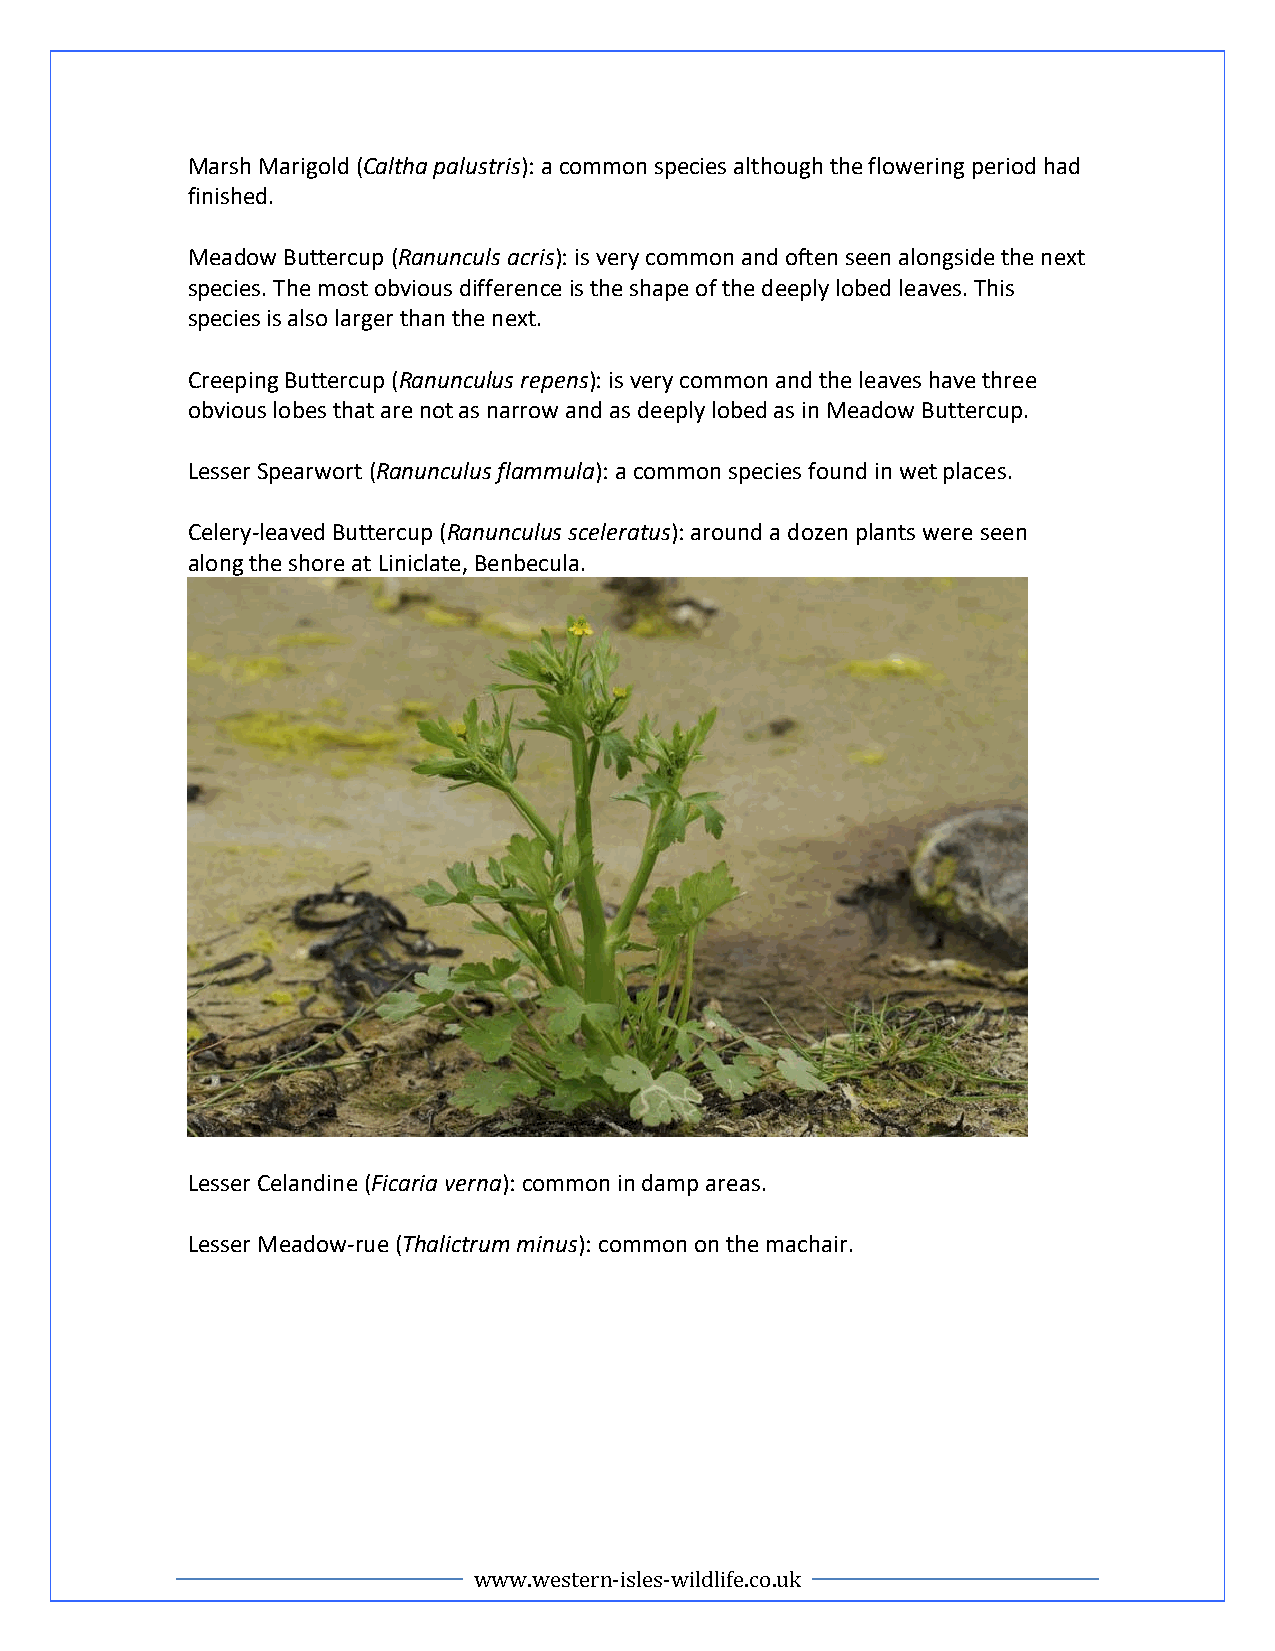
Marsh Marigold (Caltha palustris): a common species although the flowering period had
 finished.
 Meadow Buttercup (Ranunculs acris): is very common and often seen alongside the next
 species. The most obvious difference is the shape of the deeply lobed leaves. This
 species is also larger than the next.
 Creeping Buttercup (Ranunculus repens): is very common and the leaves have three
 obvious lobes that are not as narrow and as deeply lobed as in Meadow Buttercup.
 Lesser Spearwort (Ranunculus flammula): a common species found in wet places.
 Celery-leaved Buttercup (Ranunculus sceleratus): around a dozen plants were seen
 along the shore at Liniclate, Benbecula.
 Lesser Celandine (Ficaria verna): common in damp areas.
 Lesser Meadow-rue (Thalictrum minus): common on the machair.
 www.western-isles-wildlife.co.uk